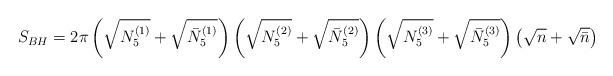
LaTeX: \begin{align*}S_{BH} = 2\pi \left( \sqrt{N_5^{(1)}} + \sqrt{\bar{N}_5^{(1)}}\right)\left( \sqrt{N_5^{(2)}} + \sqrt{\bar{N}_5^{(2)}}\right)\left( \sqrt{N_5^{(3)}} + \sqrt{\bar{N}_5^{(3)}}\right)\left( \sqrt{n} + \sqrt{\bar{n}}\right)\end{align*}